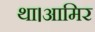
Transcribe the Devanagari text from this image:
था।आमिर